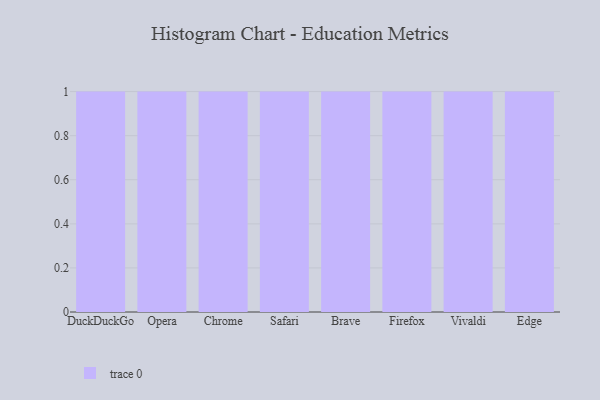
{"axis": {"x": "Browser", "y": "Website Visitors"}, "legend": [""], "data": [{"x": "DuckDuckGo", "y": 29, "type": ""}, {"x": "Opera", "y": 84, "type": ""}, {"x": "Chrome", "y": 50, "type": ""}, {"x": "Safari", "y": 1, "type": ""}, {"x": "Brave", "y": 37, "type": ""}, {"x": "Firefox", "y": 24, "type": ""}, {"x": "Vivaldi", "y": 44, "type": ""}, {"x": "Edge", "y": 72, "type": ""}]}